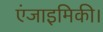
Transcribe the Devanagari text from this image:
एंजाइमिकी।